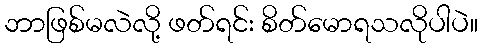
ဘာဖြစ်မလဲလို့ ဖတ်ရင်း စိတ်မောရသလိုပါပဲ။